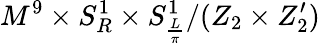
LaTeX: M^{9}\times S_{R}^{1}\times S_{\frac{L}{\pi}}^{1}/(Z_{2}\times Z_{2}^{\prime})